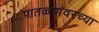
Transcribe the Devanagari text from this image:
पातळ्यांवरच्या